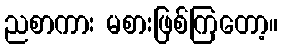
ညစာကား မစားဖြစ်ကြတော့။